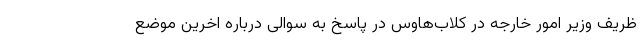
ظریف وزیر امور خارجه در کلاب‌هاوس در پاسخ به سوالی درباره اخرین موضع